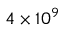
4 \times 1 0 ^ { 9 }